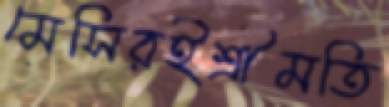
মেসিরইশ্রীমতি